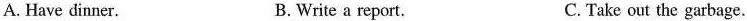
A.Have dinner. B.Write a report. C. Take out the garbage.